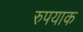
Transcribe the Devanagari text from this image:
रुपयाक